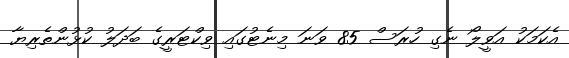
އެކަމަކު އަވީލޯ ނެގި ހުރަސް 85 ވަނަ މިނެޓުގައި ވިކްޓަރީގެ ބަދަލު ކުޅުންތެރިޔާ